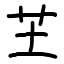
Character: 芏